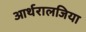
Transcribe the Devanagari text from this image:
आर्थरालजिया